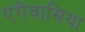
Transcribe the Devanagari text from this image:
एगेवासिया